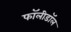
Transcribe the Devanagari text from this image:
फॉलीडॉल